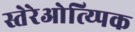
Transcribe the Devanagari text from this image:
स्तेरेओत्य्पिक